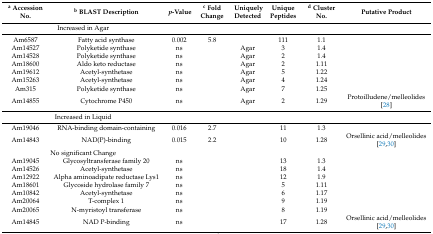
<table><thead><tr><td><b><sup>a</sup> Accession No.</b></td><td><b><sup>b</sup> BLAST Description</b></td><td><b><i>p</i>-Value</b></td><td><b><sup>c</sup> Fold Change</b></td><td><b>Uniquely Detected</b></td><td><b>Unique Peptides</b></td><td><b><sup>d</sup> Cluster No.</b></td><td><b>Putative Product</b></td></tr></thead><tbody><tr><td colspan="2">Increased in Agar</td><td></td><td></td><td></td><td></td><td></td><td></td></tr><tr><td>Am6587</td><td>Fatty acid synthase</td><td>0.002</td><td>5.8</td><td></td><td>111</td><td>1.1</td><td></td></tr><tr><td>Am14527</td><td>Polyketide synthase</td><td>ns</td><td></td><td>Agar</td><td>3</td><td>1.4</td><td></td></tr><tr><td>Am14528</td><td>Polyketide synthase</td><td>ns</td><td></td><td>Agar</td><td>2</td><td>1.4</td><td></td></tr><tr><td>Am18600</td><td>Aldo keto reductase</td><td>ns</td><td></td><td>Agar</td><td>2</td><td>1.11</td><td></td></tr><tr><td>Am19612</td><td>Acetyl-synthetase</td><td>ns</td><td></td><td>Agar</td><td>5</td><td>1.22</td><td></td></tr><tr><td>Am15263</td><td>Acetyl-synthetase</td><td>ns</td><td></td><td>Agar</td><td>4</td><td>1.24</td><td></td></tr><tr><td>Am315</td><td>Polyketide synthase</td><td>ns</td><td></td><td>Agar</td><td>7</td><td>1.25</td><td></td></tr><tr><td>Am14855</td><td>Cytochrome P450</td><td>ns</td><td></td><td>Agar</td><td>2</td><td>1.29</td><td>Protoilludene/melleolides [28]</td></tr><tr><td colspan="2">Increased in Liquid</td><td></td><td></td><td></td><td></td><td></td><td></td></tr><tr><td>Am19046</td><td>RNA-binding domain-containing</td><td>0.016</td><td>2.7</td><td></td><td>11</td><td>1.3</td><td></td></tr><tr><td>Am14843</td><td>NAD(P)-binding</td><td>0.015</td><td>2.2</td><td></td><td>10</td><td>1.28</td><td>Orsellinic acid/melleolides [29,30]</td></tr><tr><td colspan="2">No significant Change</td><td></td><td></td><td></td><td></td><td></td><td></td></tr><tr><td>Am19045</td><td>Glycosyltransferase family 20</td><td>ns</td><td></td><td></td><td>13</td><td>1.3</td><td></td></tr><tr><td>Am14526</td><td>Acetyl-synthetase</td><td>ns</td><td></td><td></td><td>18</td><td>1.4</td><td></td></tr><tr><td>Am12922</td><td>Alpha aminoadipate reductase Lys1</td><td>ns</td><td></td><td></td><td>12</td><td>1.9</td><td></td></tr><tr><td>Am18601</td><td>Glycoside hydrolase family 7</td><td>ns</td><td></td><td></td><td>5</td><td>1.11</td><td></td></tr><tr><td>Am10842</td><td>Acetyl-synthetase</td><td>ns</td><td></td><td></td><td>6</td><td>1.17</td><td></td></tr><tr><td>Am20064</td><td>T-complex 1</td><td>ns</td><td></td><td></td><td>9</td><td>1.19</td><td></td></tr><tr><td>Am20065</td><td>N-myristoyl transferase</td><td>ns</td><td></td><td></td><td>8</td><td>1.19</td><td></td></tr><tr><td>Am14845</td><td>NAD P-binding</td><td>ns</td><td></td><td></td><td>17</td><td>1.28</td><td>Orsellinic acid/melleolides [29,30]</td></tr></tbody></table>